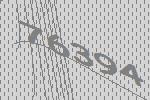
76394